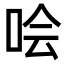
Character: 哙